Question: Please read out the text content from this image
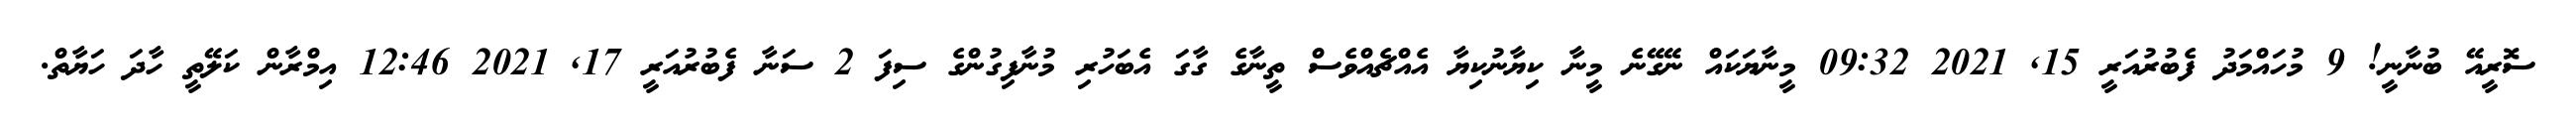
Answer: ސޮރީއޭ ބުނާނީ! 9 މުހައްމަދު ފެބުރުއަރީ 15, 2021 09:32 މީނާޔަކައް ނޭގޭނެ މީނާ ކިޔާނުކިޔާ އެއްޗެއްވެސް ތީނާގެ ގާގަ އެބަހުރި މުނާފިގުންގެ ސިފަ 2 ސަނާ ފެބުރުއަރީ 17, 2021 12:46 އިމްރާން ކަލޭތީ ހާދަ ހަޔާތް.